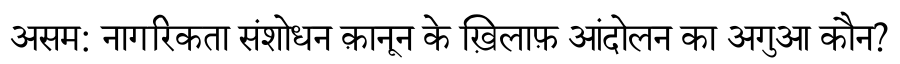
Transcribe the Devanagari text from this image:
असम: नागरिकता संशोधन क़ानून के ख़िलाफ़ आंदोलन का अगुआ कौन?